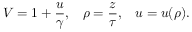
V = 1 + { \frac { u } { \gamma } } , \; \; \; \rho = { \frac { z } { \tau } } , \; \; \; u = u ( \rho ) .